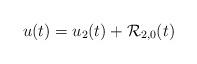
LaTeX: \begin{align*}u(t) = u_2(t) + \mathcal{R}_{2,0}(t)\end{align*}